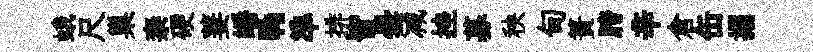
蛾尺巢柰硬萋皤·準排皆曇减挫募秧甸簣胯辛倉缶搨